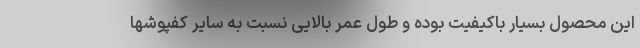
این محصول بسیار باکیفیت بوده و طول عمر بالایی نسبت به سایر کفپوشها